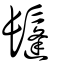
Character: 鬔